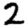
Digit: 2